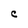
Character: C